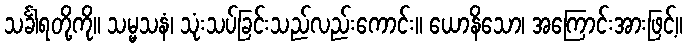
သင်္ခါရတို့ကို။ သမ္မသနံ၊ သုံးသပ်ခြင်းသည်လည်းကောင်း။ ယောနိသော၊ အကြောင်းအားဖြင့်။